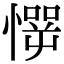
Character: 㦍